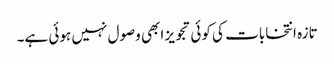
تازہ انتخابات کی کوئی تجویز ابھی وصول نہیں ہوئی ہے۔